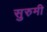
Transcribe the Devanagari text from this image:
सुरुमी